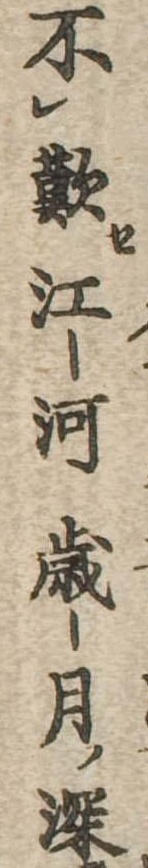
不歎江河歳月深